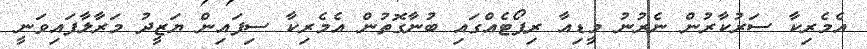
އެމެރިކާ ސަރުކާރުން ނެރުނު މީޑިއާ ރިޕޯޓެއްގައި ބުނާގޮތުން އެމެރިކާ ސިފައިން ޔަޒީދު މަރާލާފައިވަނީ